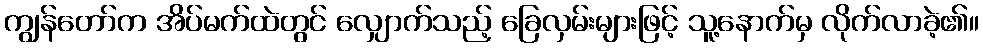
ကျွန်တော်က အိပ်မက်ထဲတွင် လျှောက်သည့် ခြေလှမ်းများဖြင့် သူ့နောက်မှ လိုက်လာခဲ့၏။